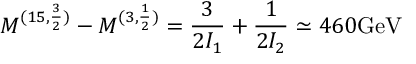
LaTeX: M ^ { ( 1 5 , { \frac { 3 } { 2 } } ) } - M ^ { ( 3 , \frac { 1 } { 2 } ) } = { \frac { 3 } { 2 I _ { 1 } } } + { \frac { 1 } { 2 I _ { 2 } } } \simeq 4 6 0 \mathrm { G e V }